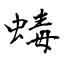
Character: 蝳